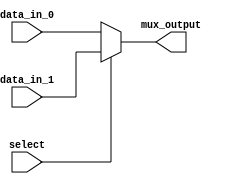
module mux_2to1 (
    input wire data_in_0,
    input wire data_in_1,
    input wire select,
    output wire mux_output
);

assign mux_output = select ? data_in_1 : data_in_0;

endmodule